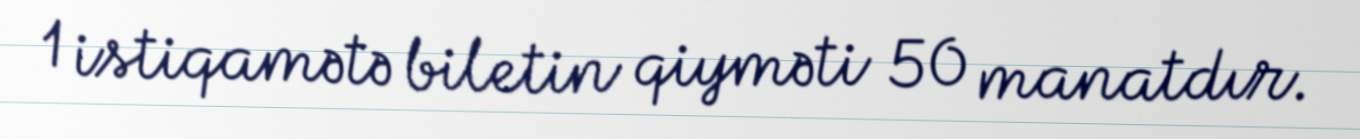
1 istiqamətə biletin qiyməti 50 manatdır.